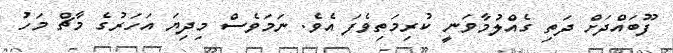
ފޫބައްދަށް ދަތި ގެއްލުމާވަނީ ކުރިމަތިވެފަ އެވެ. ނަމަވެސް މިދިޔަ އަހަރުގެ މާޗް މަހު